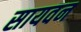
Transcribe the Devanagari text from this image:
सायवन